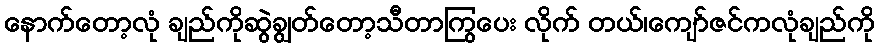
နောက်တော့လုံ ချည်ကိုဆွဲချွတ်တော့သီတာကြွပေး လိုက် တယ်၊ကျော်ဇင်ကလုံချည်ကို